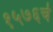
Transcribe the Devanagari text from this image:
१५७६चे